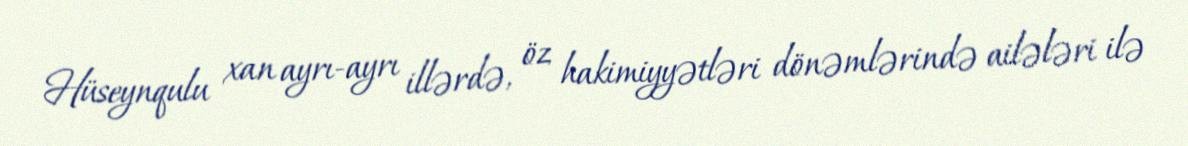
Hüseynqulu xan ayrı-ayrı illərdə, öz hakimiyyətləri dönəmlərində ailələri ilə